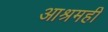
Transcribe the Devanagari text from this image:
आश्रमही